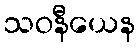
သဝနီယေန